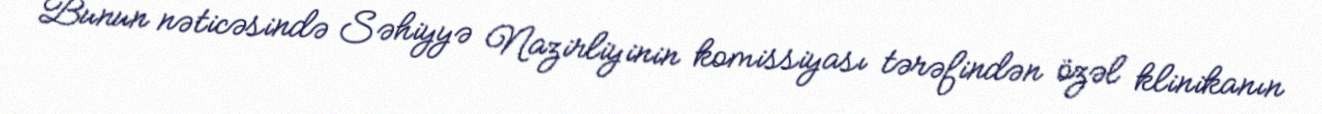
Bunun nəticəsində Səhiyyə Nazirliyinin komissiyası tərəfindən özəl klinikanın